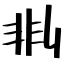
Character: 剕